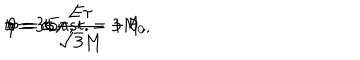
LaTeX: t = 3 E \tau , \hspace { 0 . 3 c m } r = c o n s t . = 3 M , \hspace { 0 . 3 c m } \theta = \pm \frac { E \tau } { \sqrt { 3 } M } + \theta _ { 0 } , \hspace { 0 . 3 c m } \varphi = \sigma ,